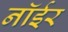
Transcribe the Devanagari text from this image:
नॉईर